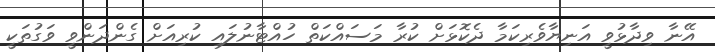
އޭނާ ވިދާޅުވީ އަނިޔާވެރިކަމާ ދެކޮޅަށް ކުރާ މަސައްކަތް ހުއްޓާނުލައި ކުރިއަށް ގެންދަންވީ ވަގުތަކީ